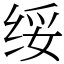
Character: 绥